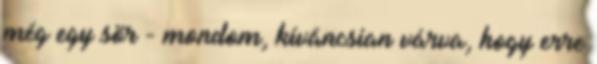
még egy sör - mondom, kíváncsian várva, hogy erre